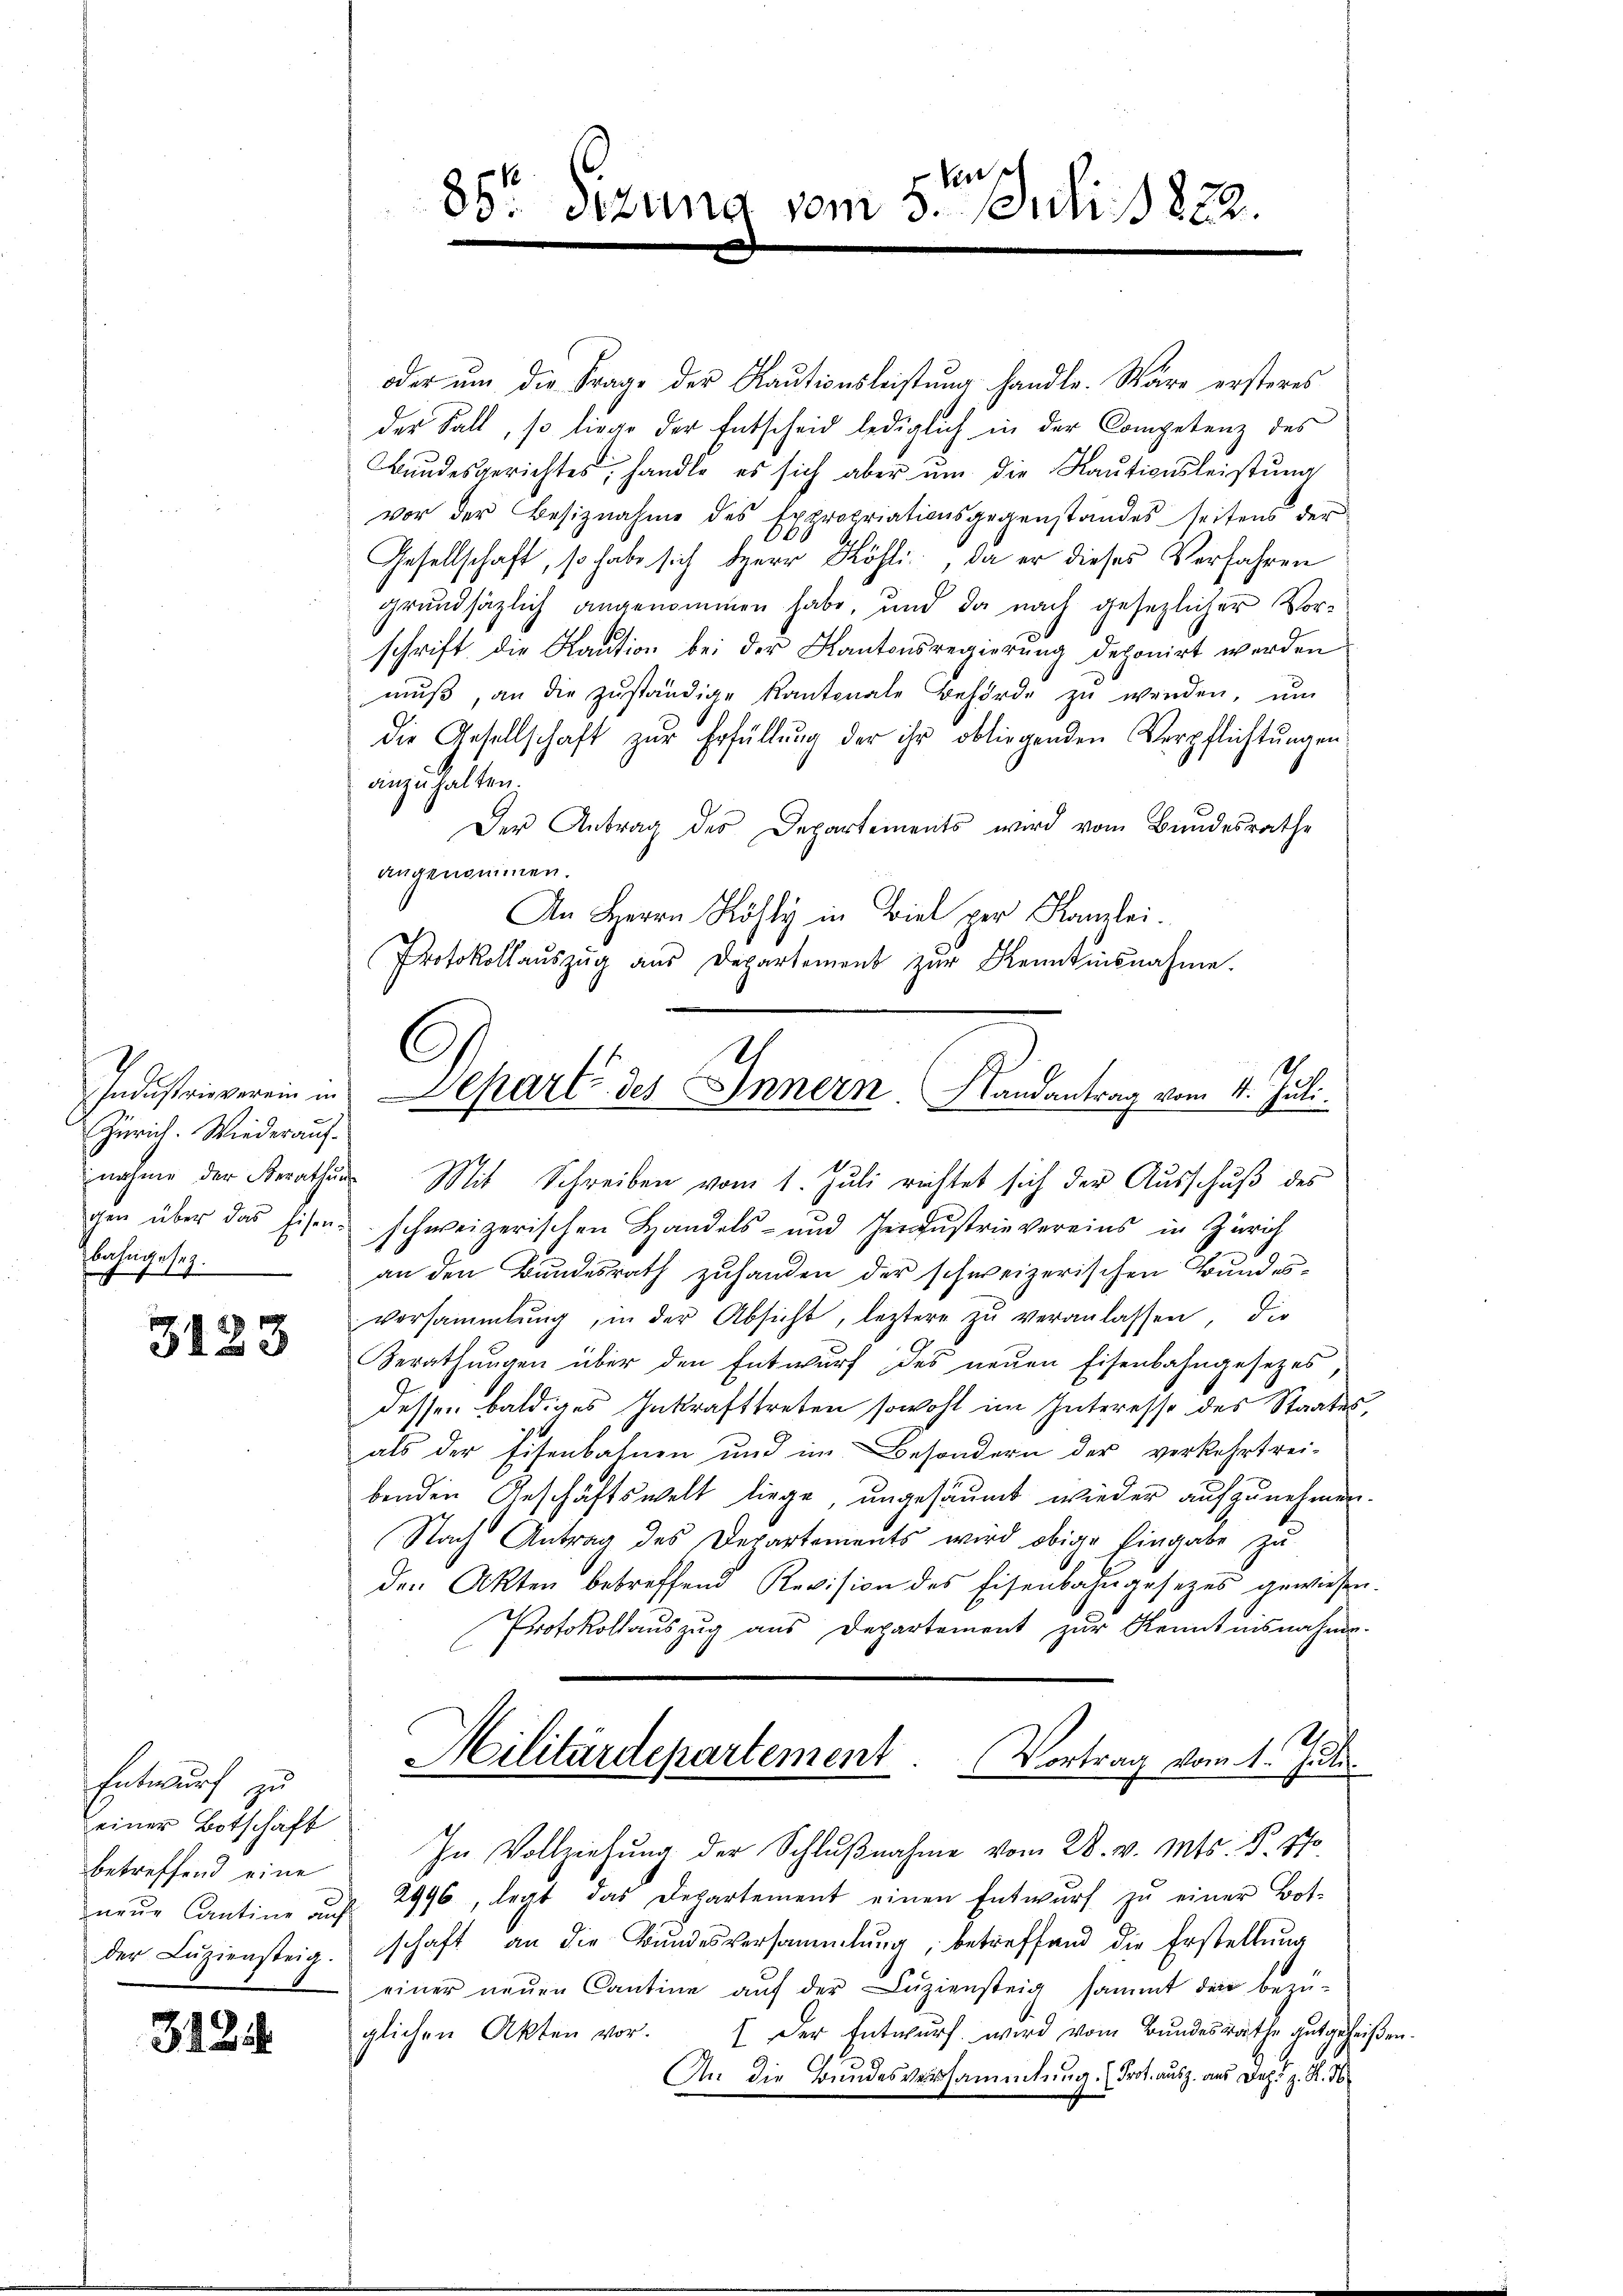
Industrieverein in
Zürich. Wiederauf-
gen über das Eisen.
bahngeset
17

3123

Entwurf zu
einer Botschaft
betreffend eine
neue Cantine auf
der Luziensteig.

3135

Ver
80t Sizung vom 3. Juli 1822.

U
Separt des Innern Randantrag vom 4. Juli.

oder ŭm die Frage der Kaŭtionsleistŭng handle. Wäre ersteres
der Fall, so liege der Entscheid lediglich in der Competenz des
Bundesgerichtes, handle es sich aber um die Kautionsleistung
vor der Besiznahme des Expropriationsgegenstandesseitens der
9
Gesellschaft, so habe sich Herr Köhli, da er dieses Verfahren
grundsätzlich angenommen habe, und da nach gesezlicher Vorschrift die Kaution bei der Kantonsregierung deponirt werden
mŭβ, an die zŭständige Kantonale Behörde zŭ werden, ŭm
die Gesellschaft zur Erfüllung der ihr obliegenden Verpflichtungen
anzuhalten.
Der Antrag des Departements wird vom Bundesrathe
angenommen.
An Herrn Köhly in Biel per Kanzlei.
Protokollauszug aus Departement zur Kenntnisnahme.
nahme der Berathŭng Mit Schreiben vom 1. Jŭli richtet sich der Aŭsschŭβ des
schweizerischen Handels- und Industrie vereins in Zürich
an den Bundesrath zuhanden der schweizerischen Bundesversammlung, in der Absicht, leztere zŭ veranlassen, die
Berathungen über den Entwurf des neuen Eisenbahngesetzes
dessen baldiges Inkrafttreten sowohl im Interesse des Staates,
als der Eisenbahnen und im Besondern der verkehrtrei-
benden Geschäftswelt liege, ungesäumt wieder aufzunehmen.
Nach Antrag des Departements wird obige Eingabe zu
den Akten betreffend Revision des Eisenbahngesezes gewiesen
Protokollauszug aus Departement zur Kenntnisnahme
Militärdepartement. Vortrag vom 1. Juli.
In Vollziehŭng der Schlŭβnahme vom 28. v. Mts. S. 770
2996, legt das Departement einen Entwurf zu einer Bot-
schaft an die Bundesversammlung, betreffend die Erstellung
einer neuen Cantine auf der Luziensteig sammt der bezuglichen Akten vor.  Der Entwurf wird vom Bundesrathe gutgehe
An die Bundesversammlung. (Prot. ausz. aus Dez. z. R. 36